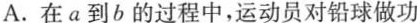
A.在a到b的过程中，运动员对铅球做功